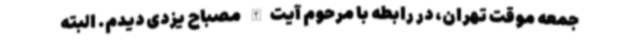
جمعه موقت تهران، در رابطه با مرحوم آیت‌الله مصباح یزدی دیدم. البته